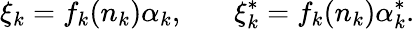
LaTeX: \xi_{k}=f_{k}(n_{k})\alpha_{k},~~~~~~~\xi_{k}^{*}=f_{k}(n_{k})\alpha_{k}^{*}.